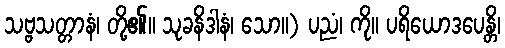
သဗ္ဗသတ္တာနံ၊ တို့၏။ သုခနိဒါနံ၊ သော။) ပညံ၊ ကို။ ပရိယောဒပေန္တိ၊